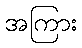
အကြား